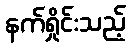
နက်ရှိုင်းသည့်